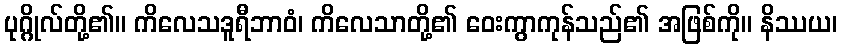
ပုဂ္ဂိုလ်တို့၏။ ကိလေသဒူရီဘာဝံ၊ ကိလေသာတို့၏ ဝေးကွာကုန်သည်၏ အဖြစ်ကို။ နိဿယ၊